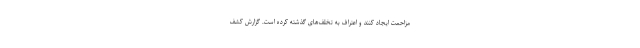
مزاحمت ایجاد كنند و اعتراف به تخلف‌هاى گذشته‌ كرده است. گزارش كشف